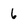
Character: 6